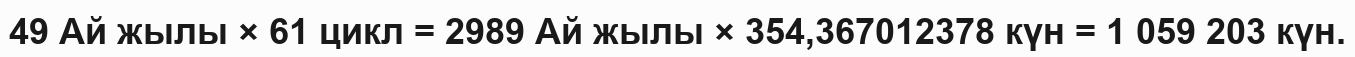
49 Ай жылы × 61 цикл = 2989 Ай жылы × 354,367012378 күн = 1 059 203 күн.